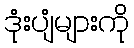
ဒုံးပျံများကို